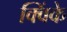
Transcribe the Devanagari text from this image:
क्विंके